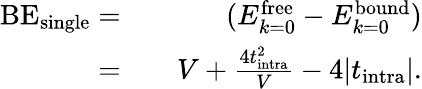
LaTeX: \begin{array}{rlr}{\textrm{BE}_{\textrm{single}}=}&{{}}&{(E_{k=0}^{\textrm{free}}-E_{k=0}^{\textrm{bound}})}\\ {=}&{{}}&{V+\frac{4t_{\textrm{intra}}^{2}}{V}-4|t_{\textrm{intra}}|.}\end{array}